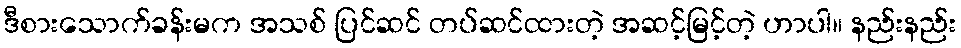
ဒီစားသောက်ခန်းမက အသစ် ပြင်ဆင် တပ်ဆင်ထားတဲ့ အဆင့်မြင့်တဲ့ ဟာပါ။ နည်းနည်း